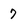
Character: 7